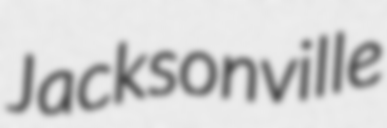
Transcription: Jacksonville